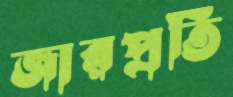
জারপ্রতি